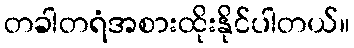
တခါတရံအစားထိုးနိုင်ပါတယ်။